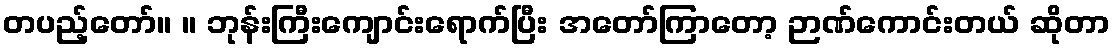
တပည့်တော်။ ။ ဘုန်းကြီးကျောင်းရောက်ပြီး အတော်ကြာတော့ ဉာဏ်ကောင်းတယ် ဆိုတာ